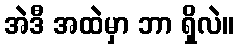
အဲဒီ အထဲမှာ ဘာ ရှိလဲ။